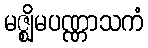
မဇ္ဈိမပဏ္ဏာသကံ